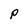
Character: P